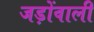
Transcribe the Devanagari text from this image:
जड़ोंवाली